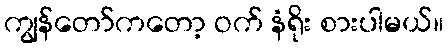
ကျွန်တော်ကတော့ ဝက် နံရိုး စားပါမယ်။